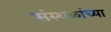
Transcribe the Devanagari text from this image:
संस्थळांच्या